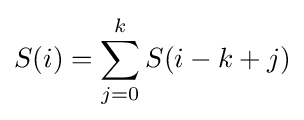
S(i)=\sum _{j=0}^{k}S(i-k+j)